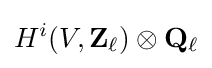
H^{i}(V,\mathbf {Z} _{\ell })\otimes \mathbf {Q} _{\ell }